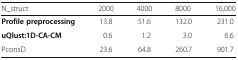
<table><thead><tr><td><b>N_struct</b></td><td><b>2000</b></td><td><b>4000</b></td><td><b>8000</b></td><td><b>16,000</b></td></tr></thead><tbody><tr><td><b>Profile preprocessing</b></td><td>13.8</td><td>51.6</td><td>132.0</td><td>231.0</td></tr><tr><td><b>uQlust:1D-CA-CM</b></td><td>0.6</td><td>1.2</td><td>3.0</td><td>6.6</td></tr><tr><td>PconsD</td><td>23.6</td><td>64.8</td><td>260.7</td><td>901.7</td></tr></tbody></table>